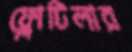
ফ্লোটিলার